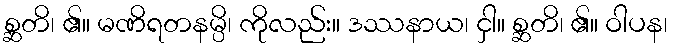
စ္ဆတိ၊ ၏။ မဏိရတနမ္ပိ၊ ကိုလည်း။ ဒဿနာယ၊ ငှါ။ စ္ဆတိ၊ ၏။ ဝါပန၊